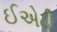
ઈએટી